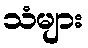
သံများ